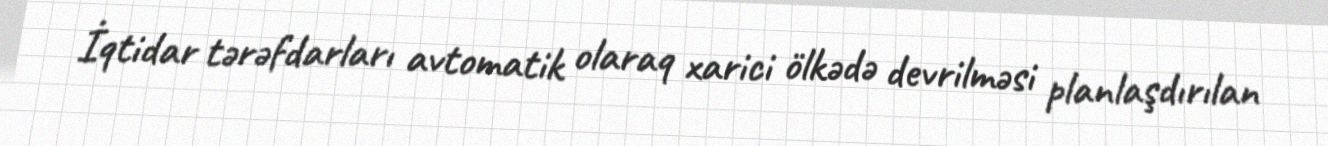
İqtidar tərəfdarları avtomatik olaraq xarici ölkədə devrilməsi planlaşdırılan